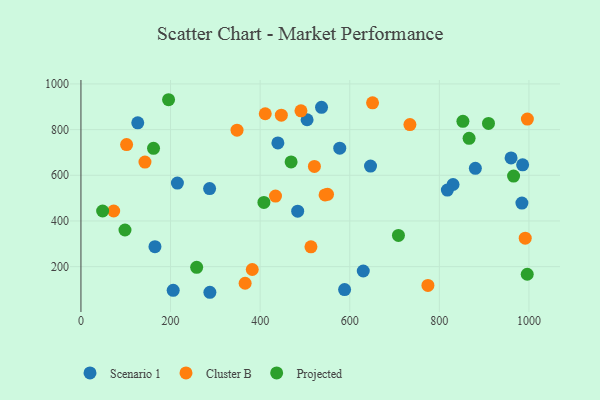
{"axis": {"x": "Investment", "y": "Yield"}, "legend": ["Cluster B", "Projected", "Scenario 1"], "data": [{"x": "165.2", "y": 287.7, "type": "Scenario 1"}, {"x": "630.2", "y": 181.0, "type": "Scenario 1"}, {"x": "880.4", "y": 630.3, "type": "Scenario 1"}, {"x": "215.3", "y": 565.8, "type": "Scenario 1"}, {"x": "287.2", "y": 541.8, "type": "Scenario 1"}, {"x": "287.8", "y": 87.9, "type": "Scenario 1"}, {"x": "504.8", "y": 843.1, "type": "Scenario 1"}, {"x": "985.9", "y": 645.8, "type": "Scenario 1"}, {"x": "960.1", "y": 675.9, "type": "Scenario 1"}, {"x": "588.5", "y": 99.7, "type": "Scenario 1"}, {"x": "984.3", "y": 478.3, "type": "Scenario 1"}, {"x": "439.6", "y": 741.8, "type": "Scenario 1"}, {"x": "205.9", "y": 96.5, "type": "Scenario 1"}, {"x": "830.6", "y": 559.7, "type": "Scenario 1"}, {"x": "483.8", "y": 443.0, "type": "Scenario 1"}, {"x": "817.9", "y": 535.2, "type": "Scenario 1"}, {"x": "126.8", "y": 829.7, "type": "Scenario 1"}, {"x": "646.4", "y": 640.2, "type": "Scenario 1"}, {"x": "537.0", "y": 897.4, "type": "Scenario 1"}, {"x": "577.7", "y": 718.5, "type": "Scenario 1"}, {"x": "734.3", "y": 822.2, "type": "Cluster B"}, {"x": "73.1", "y": 443.7, "type": "Cluster B"}, {"x": "550.4", "y": 516.5, "type": "Cluster B"}, {"x": "996.5", "y": 846.3, "type": "Cluster B"}, {"x": "411.4", "y": 869.4, "type": "Cluster B"}, {"x": "101.9", "y": 734.4, "type": "Cluster B"}, {"x": "434.3", "y": 509.1, "type": "Cluster B"}, {"x": "991.7", "y": 324.9, "type": "Cluster B"}, {"x": "544.9", "y": 514.2, "type": "Cluster B"}, {"x": "447.3", "y": 863.3, "type": "Cluster B"}, {"x": "513.4", "y": 286.7, "type": "Cluster B"}, {"x": "491.1", "y": 882.2, "type": "Cluster B"}, {"x": "348.4", "y": 797.4, "type": "Cluster B"}, {"x": "774.5", "y": 117.9, "type": "Cluster B"}, {"x": "521.1", "y": 638.6, "type": "Cluster B"}, {"x": "650.9", "y": 917.4, "type": "Cluster B"}, {"x": "142.9", "y": 658.0, "type": "Cluster B"}, {"x": "382.4", "y": 187.7, "type": "Cluster B"}, {"x": "366.5", "y": 127.5, "type": "Cluster B"}, {"x": "996.2", "y": 166.8, "type": "Projected"}, {"x": "852.6", "y": 836.4, "type": "Projected"}, {"x": "708.7", "y": 336.7, "type": "Projected"}, {"x": "162.0", "y": 717.9, "type": "Projected"}, {"x": "48.4", "y": 443.7, "type": "Projected"}, {"x": "408.4", "y": 481.3, "type": "Projected"}, {"x": "98.3", "y": 360.5, "type": "Projected"}, {"x": "258.3", "y": 197.1, "type": "Projected"}, {"x": "909.7", "y": 827.1, "type": "Projected"}, {"x": "469.1", "y": 658.4, "type": "Projected"}, {"x": "866.4", "y": 761.7, "type": "Projected"}, {"x": "965.7", "y": 596.5, "type": "Projected"}, {"x": "195.6", "y": 930.8, "type": "Projected"}]}